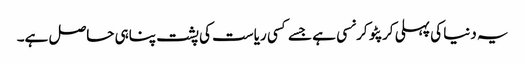
یہ دنیا کی پہلی کرپٹو کرنسی ہے جسے کسی ریاست کی پشت پناہی حاصل ہے۔